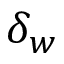
\delta _ { w }